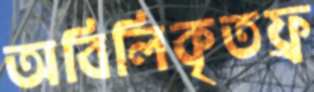
অবিলিকৃতফ্র